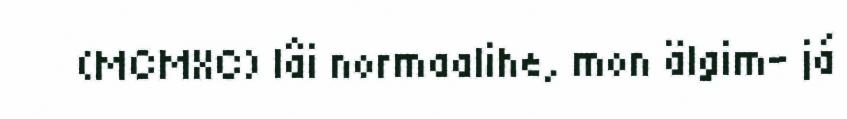
(MCMXC) lâi normaalihe, mon älgim- já